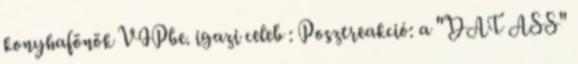
konyhafönök VIPbe. igazi celeb : Posztreakció: a "DAT ASS"